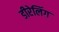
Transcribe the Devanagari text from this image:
डीरेलिंग